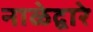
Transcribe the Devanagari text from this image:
नाळेद्वारे